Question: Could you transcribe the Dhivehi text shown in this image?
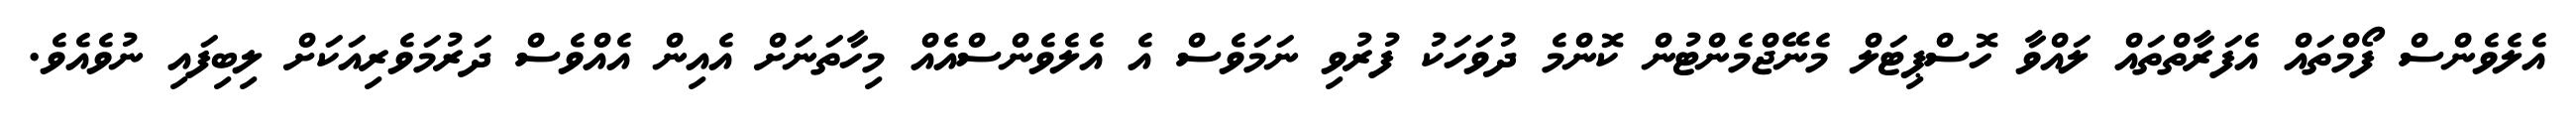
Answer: އެލެވެންސް ފޯމްތައް އެފަރާތްތައް ލައްވާ ހޮސްޕިޓަލް މެނޭޖްމެންޓުން ކޮންމެ ދުވަހަކު ފުރުވި ނަމަވެސް އެ އެލެވެންސްއެއް މިހާތަނަށް އެއިން އެއްވެސް ދަރުމަވެރިއަކަށް ލިބިފައި ނުވެއެވެ.